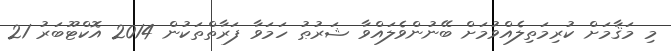
މި މަޤާމަށް ކުރިމަތިލެއްވުމަށް ބޭނުންވެލައްވާ ޝަރުޠު ހަމަވާ ފަރާތްތަކުން 2014 އޮކްޓޫބަރު 21